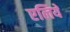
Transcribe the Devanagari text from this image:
एलिये